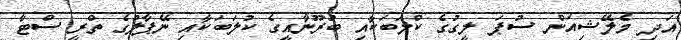
އަދި މެލޭޝިއަން ސުޕަ ލީގުގެ ކްލަބަކާއި ބުރޫނާއީގެ ކުލަބަކާއި ނޭޕާލުގެ ތްރީ ސްޓާ